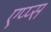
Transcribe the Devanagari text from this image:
एप्प्स